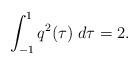
LaTeX: \begin{align*}\int_{-1}^1 q^2(\tau) \; d\tau = 2.\end{align*}